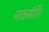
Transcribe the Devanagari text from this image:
नक्तमेति।